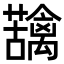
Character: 𮓄